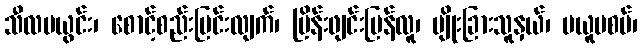
သီလမယွင်း၊ စောင့်စည်းပြင်းလျက်၊ ပြိန်းဖျင်းမြန်လူ၊ မျိုးခြားသူနှယ်၊ မယူမစပ်၊